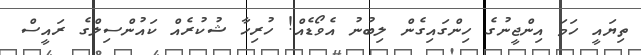
ތިޔައީ ހަމަ އިންޖީނުގެ ހިންގައިގެން ލިބުނު އެވޯޑެއް! ހުރިހާ ޝުކުރެއް ކައުންސިލްގެ ރައީސް